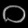
Digit: ၀